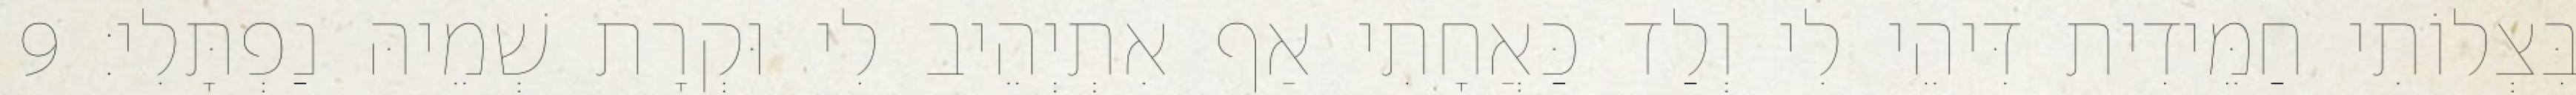
בִּצְלוֹתִי חַמֵּידִית דִּיהֵי לִי וְלַד כַּאֲחָתִי אַף אִתְיְהֵיב לִי וּקְרָת שְׁמֵיהּ נַפְתָּלִי׃ 9